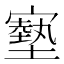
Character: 𡫑